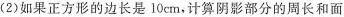
(2)如果正方形的边长是10cm，计算阴影部分的周长和面